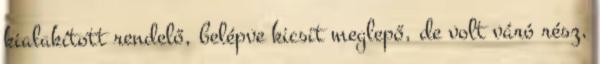
kialakított rendelő, belépve kicsit meglepő, de volt váró rész,